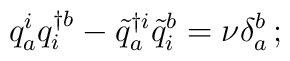
q_a^i q_{i}^{\dagger b} - {\tilde q}_a^{\dagger i} {\tilde q}_i^b =\nu \delta_a^b \, ;